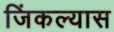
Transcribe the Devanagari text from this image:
जिंकल्यास